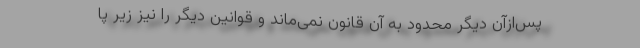
پس‌ازآن دیگر محدود به آن قانون نمی‌ماند و قوانین دیگر را نیز زیر پا